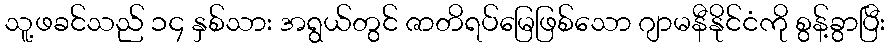
သူ့ဖခင်သည် ၁၄ နှစ်သား အရွယ်တွင် ဇာတိရပ်မြေဖြစ်သော ဂျာမနီနိုင်ငံကို စွန့်ခွာပြီး